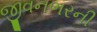
જીવનભરની